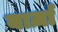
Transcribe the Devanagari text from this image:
यार्ज़ा